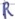
Text: R